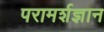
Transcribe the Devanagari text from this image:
परामर्शज्ञान